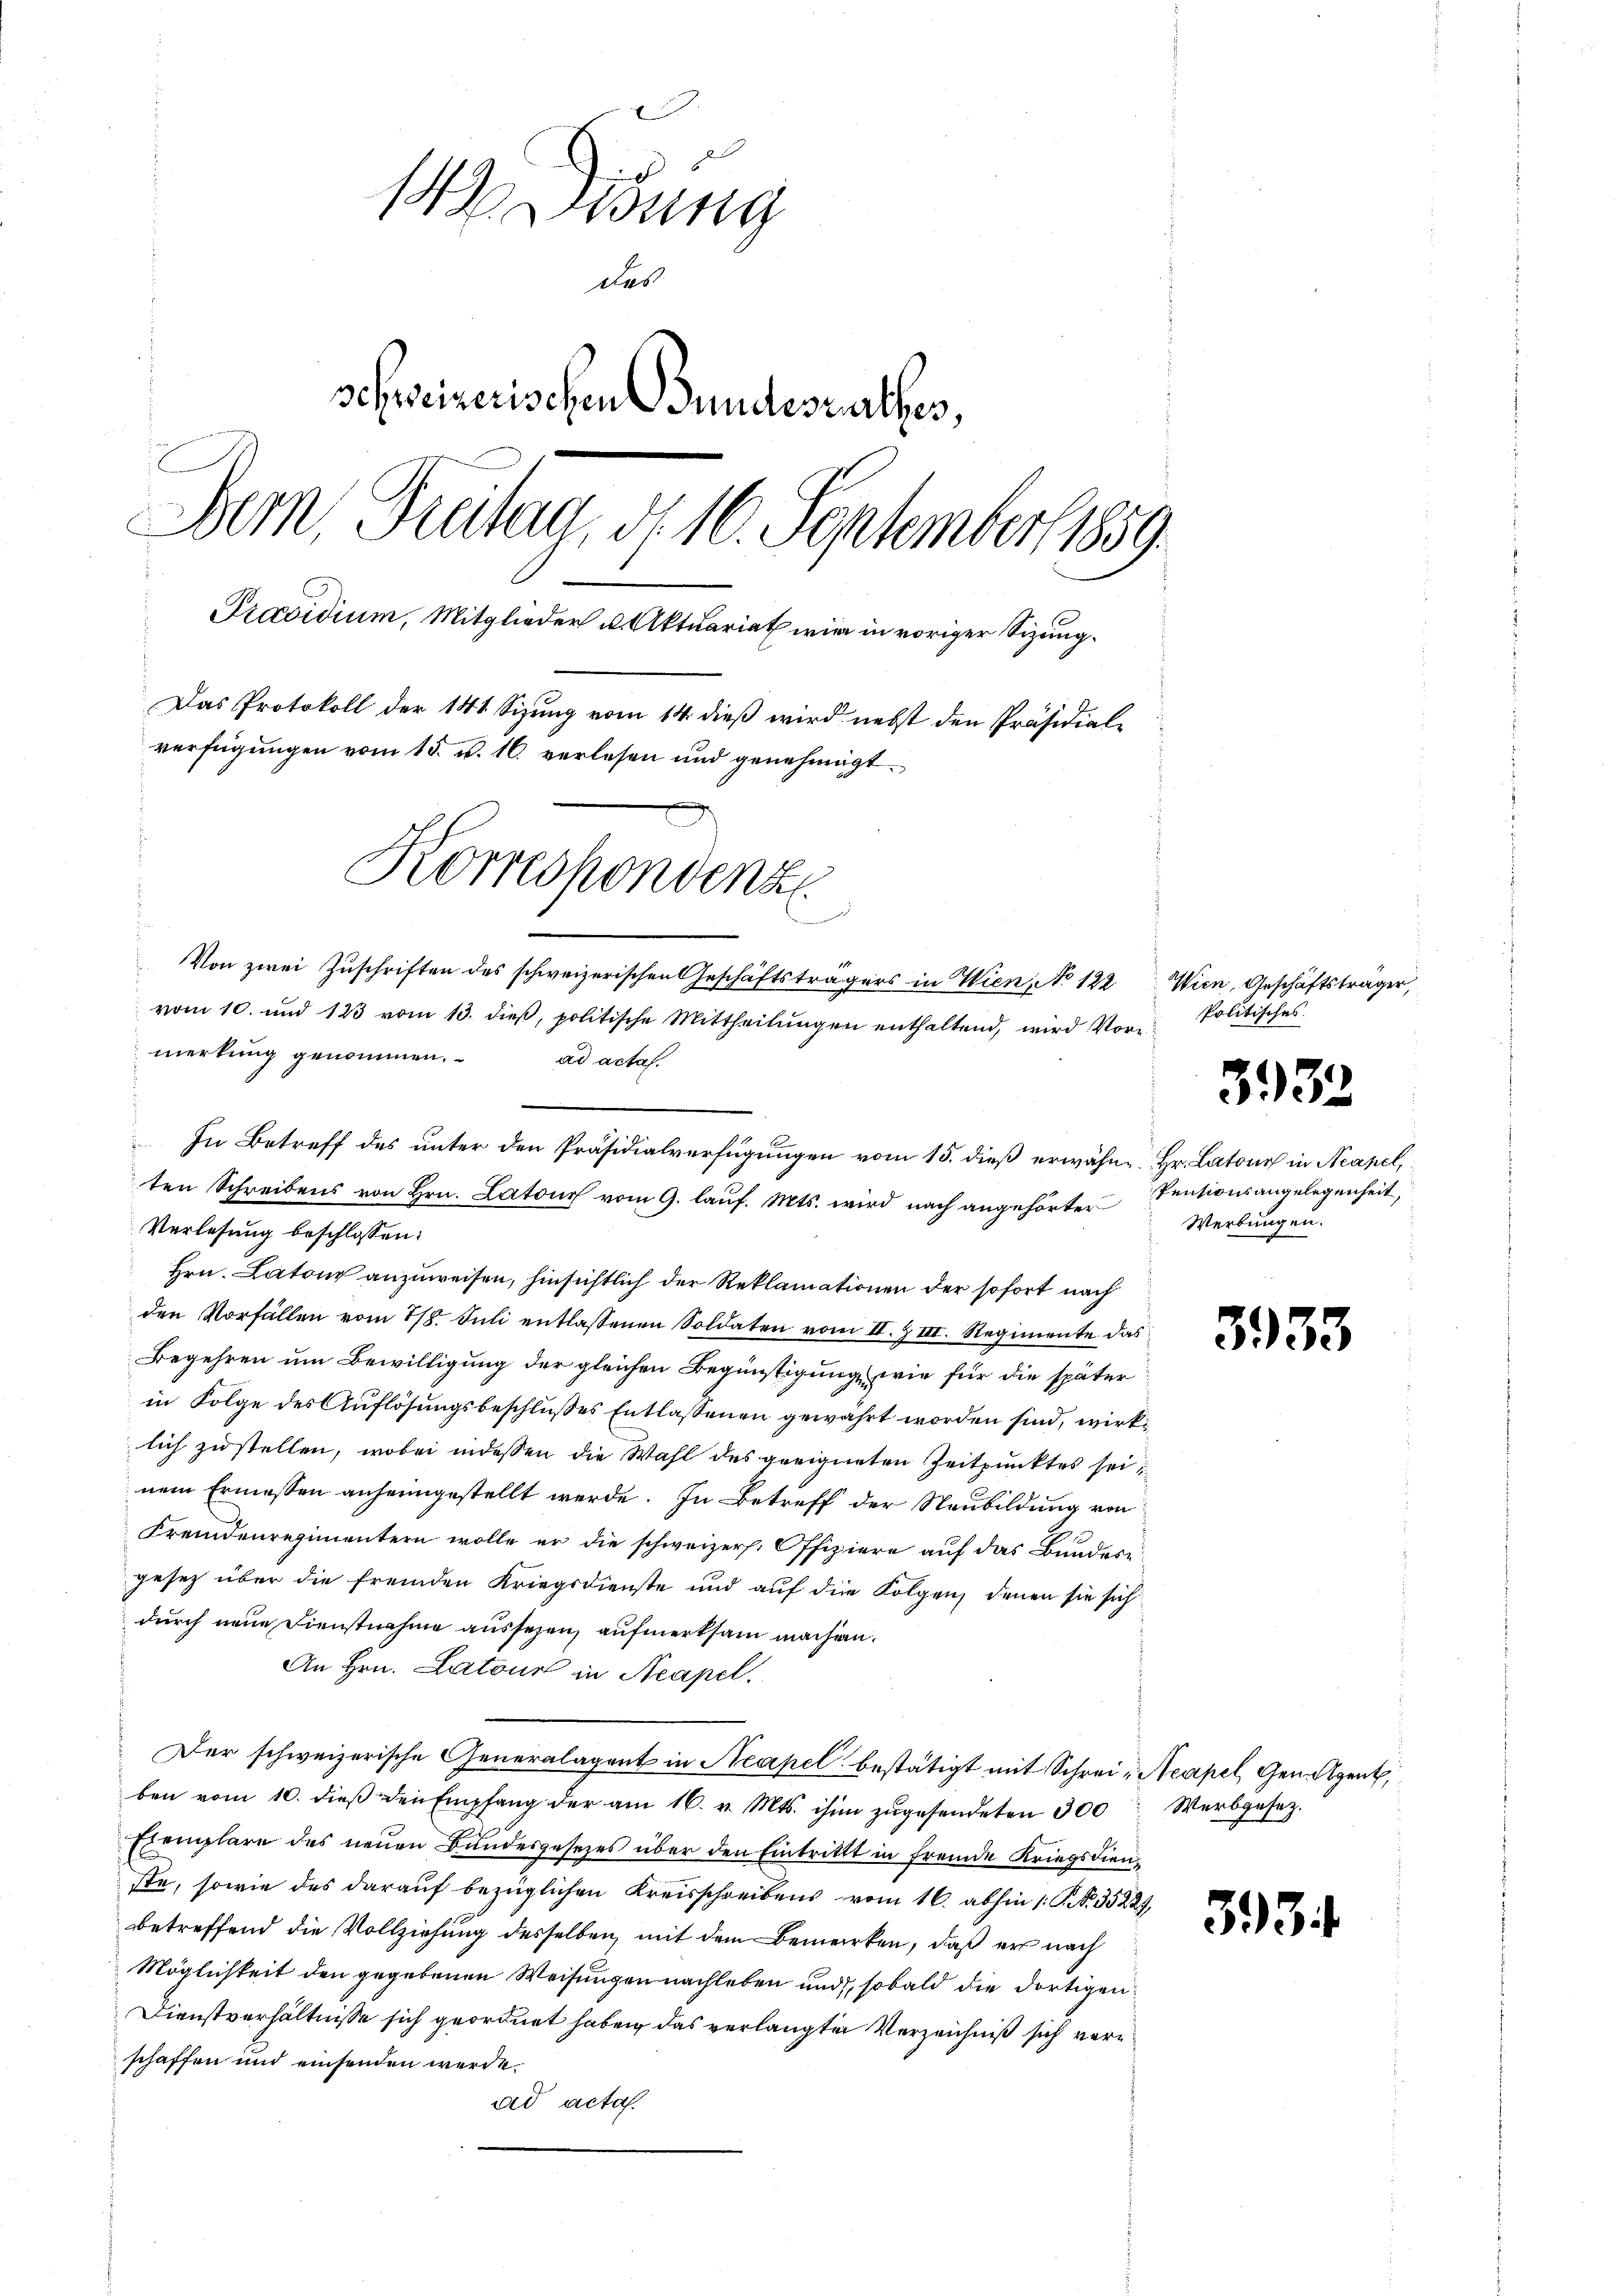
143 Didung
Das
schweizerischen Bundesrathes,
Bern, Freitag, d. 16. September 1859.
Präsidium, Mitglieder u. Aktuariat wir in voriger Sizung.
Das Protokoll der 141 Sizung vom 14. dieß wird nebst den Präsidial-
verfügungen vom 15. v. 16. verlesen und genehmigt.
Korrechenden
Von zwei Zuschriften des schweizerischen Geschäftsträgers in Wien, No 122 Wien, Geschäftsträger,

Verlesung beschlossen:
Hrn. Latour anzuweisen, hinsichtlich der Reklamationen der sofort nach
den Vorfällen vom 28. Jŭli entlassenen Soldaten vom II. Z III. Regimente das
Begehren um Bewilligung der gleichen Begünstigung, wie für die später
in Folge des Auflösungsbeschlußes Entlassenen gewährt worden sind, wirklich zustellen, wobei indessen die Wahl des geeigneten Zeitpunktes seinem Ermessen anheimgestellt werde. In Betreff der Neubildung von
Fremdenregimentern wolle er die schweizer. Offiziere auf das Bundes
gesetz über die fremden Kriegsdienste und auf die Folgen, denen sie sich
durch neue Dienstnahme aussezen, aufmerksam machen.
An Hrn. Latour in Neapel.
Der schweizerische Generalagent in Neapel bestätigt mit Schrei- Aeapel, Gen. Agent,
ben vom 10. dieß den Empfang der am 16. v. Mts. ihm zŭgesendeten 300 Werbgesez¬
Exemplare des neuen Bundesgesetzes über den Eintritt in fremde Kriegsdienste, sowie des darauf bezüglichen Kreisschreibens vom 16. abhin 1: P. N. 35227,
bbetreffend die Vollziehung desselben, mit dem Bemerken, daß er nach
Möglichkeit den gegebenen Weisungen nachleben und, sobald die dortigen
Dienstverhältnisse sich geordnet haben das verlangten Verzeichniß sich verschaffen und einsenden werde.
ad acta.

merkung genommen.
In Betreff des unter den Präsidialverfügungen vom 15. dieß erwähn- Hr. Latone in Neapel,
ten Schreibens von Hrn. Latons vom 9. lauf. Mts. wird nach angehörter

vom 10. und 123 vom 13. dieβ, politische Mittheilŭngen enthaltend, wird Vorad actas.

Politisches.

393.

Pensionsangelegenheit,
Werbungen.

3933

393